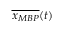
\overline { { x _ { M B P } } } ( t )